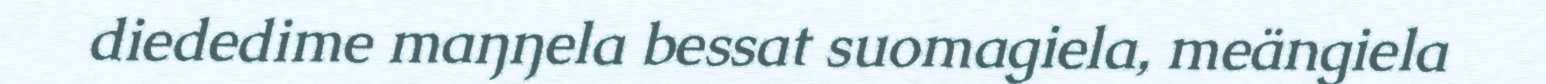
diededime maŋŋela bessat suomagiela, meängiela